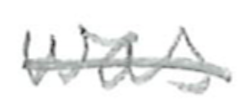
Text: was
Cross-out: single-line
Writing tool: pencil